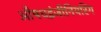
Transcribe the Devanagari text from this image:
औषधइंजीनियरिंग